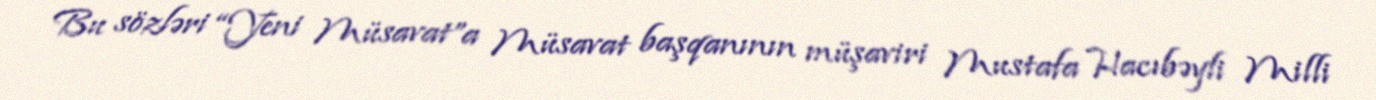
Bu sözləri “Yeni Müsavat”a Müsavat başqanının müşaviri Mustafa Hacıbəyli Milli